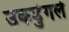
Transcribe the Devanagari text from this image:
उकडुंगले